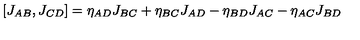
[ J _ { A B } , J _ { C D } ] = \eta _ { A D } J _ { B C } + \eta _ { B C } J _ { A D } - \eta _ { B D } J _ { A C } - \eta _ { A C } J _ { B D }